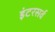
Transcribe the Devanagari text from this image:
इंटरसर्व